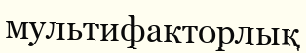
мультифакторлық